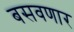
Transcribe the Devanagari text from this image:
बसवणार